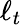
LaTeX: \ell_{t}